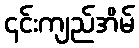
၎င်းကျည်အိမ်